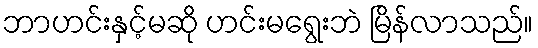
ဘာဟင်းနှင့်မဆို ဟင်းမရွေးဘဲ မြိန်လာသည်။